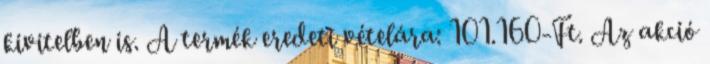
kivitelben is. A termék eredeti vételára: 101.160-Ft. Az akció